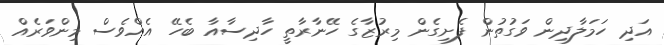
އަދި ހަމަލާދިން ވަގުތުން ފެށިގެން މިރުޒާގެ ހޭނާރާތީ ހާދިސާއާ ބެހޭ އެއްވެސް މިންވަރެއް